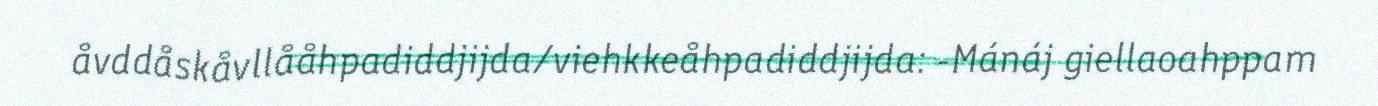
åvddåskåvllååhpadiddjijda/viehkkeåhpadiddjijda: -Mánáj giellaoahppam